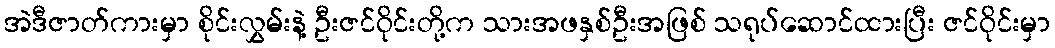
အဲဒီဇာတ်ကားမှာ စိုင်းလွှမ်းနဲ့ ဦးဇင်ဝိုင်းတို့က သားအဖနှစ်ဦးအဖြစ် သရုပ်ဆောင်ထားပြီး ဇင်ဝိုင်းမှာ